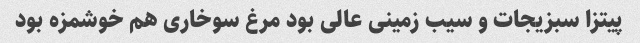
پیتزا سبزیجات و سیب زمینی عالی بود مرغ سوخاری هم خوشمزه بود